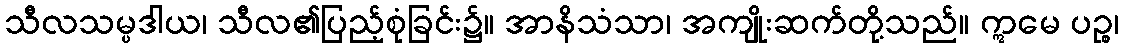
သီလသမ္ပဒါယ၊ သီလ၏ပြည့်စုံခြင်း၌။ အာနိသံသာ၊ အကျိုးဆက်တို့သည်။ ဣမေ ပဉ္စ၊